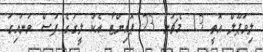
ލިވަޕޫލް އޮތީ 13 މެޗުން 23 ޕޮއިންޓާ އެކު ލީގުގެ ފަސް ވަނައިގަ